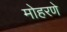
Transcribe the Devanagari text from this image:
मोहरणे